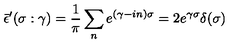
\bar { \epsilon } ^ { \prime } ( \sigma : \gamma ) = \frac { 1 } { \pi } \sum _ { n } e ^ { ( \gamma - i n ) \sigma } = 2 e ^ { \gamma \sigma } \delta ( \sigma )